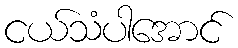
ငယ်သံပါအောင်